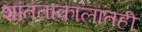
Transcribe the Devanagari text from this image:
शांतताकालातही